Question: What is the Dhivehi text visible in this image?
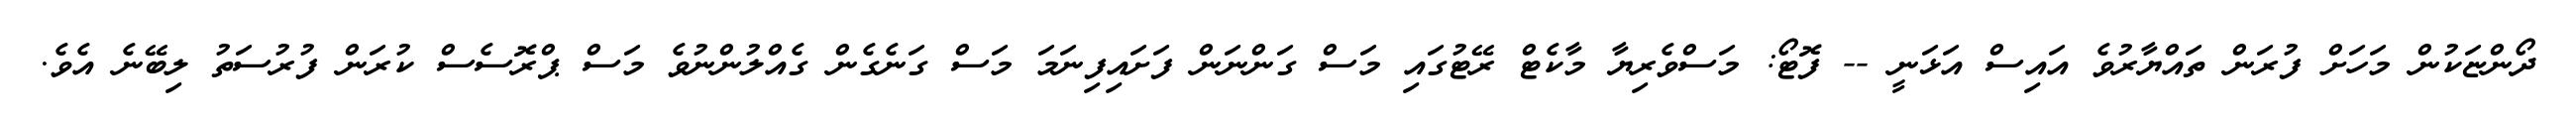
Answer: ދޯންޏަކުން މަހަށް ފުރަން ތައްޔާރުވެ އައިސް އަޅަނީ -- ފޮޓޯ: މަސްވެރިޔާ މާކެޓް ރޭޓުގައި މަސް ގަންނަން ފަށައިފިނަމަ މަސް ގަނެގެން ގެއްލުންނުވެ މަސް ޕްރޮސެސް ކުރަން ފުރުސަތު ލިބޭނެ އެވެ.